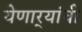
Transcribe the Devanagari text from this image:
येणार्‍यांची